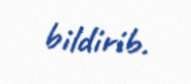
bildirib.